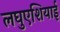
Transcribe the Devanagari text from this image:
लघुएशियाई